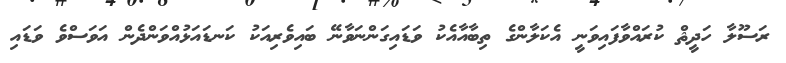
ރަސޫލާ ހަދީޘް ކުރައްވާފައިވަނީ އެކަލާންގެ ތިބާއާއެކު ވަޑައިގަންނަވާނޭ ބައިވެރިއަކު ކަނޑައަޅުއްވަންދެން އަވަސްވެ ވަޑައި